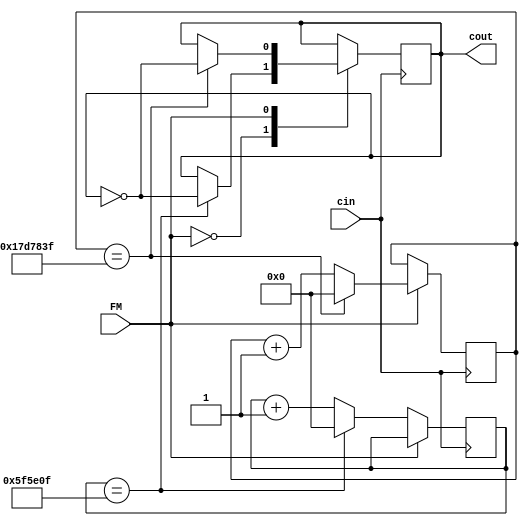
module divider(FM,cout,cin);
    output cout;
    input FM;
    input cin;
    reg [31:0] c,flag;
    reg cout;
   always@(posedge cin)
    begin
     case(FM)
     1'b0:begin
     if ( c ==6249999)
      begin
       cout<=~cout;
       c <= 0;
      end
     else
      begin
     c <= c + 1 ;
    end
    end
    1'b1:begin
      if ( flag ==24999999)
      begin
       cout<=~cout;
       flag <= 0;
      end
     else
      begin
     flag <= flag + 1 ;
    end
    end
    endcase
 end
 endmodule